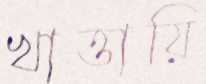
খাত্তায়ি